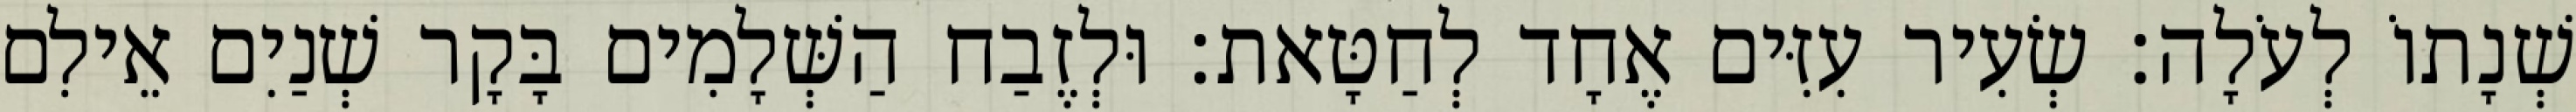
שְׁנָתוֹ לְעֹלָה׃ שְׂעִיר עִזִּים אֶחָד לְחַטָּאת׃ וּלְזֶבַח הַשְּׁלָמִים בָּקָר שְׁנַיִם אֵילִם